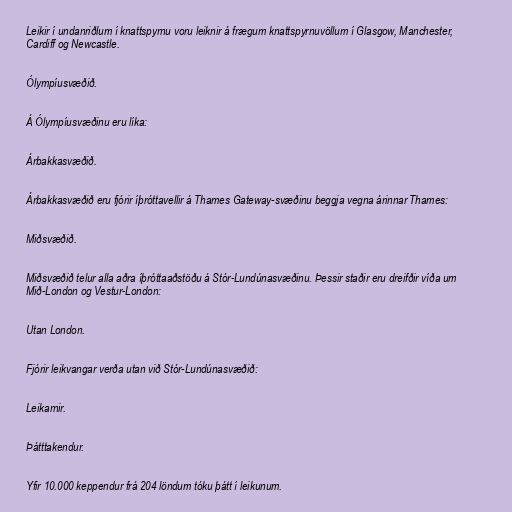
Leikir í undanriðlum í knattspyrnu voru leiknir á frægum knattspyrnuvöllum í Glasgow, Manchester,
Cardiff og Newcastle.

Ólympíusvæðið.

Á Ólympíusvæðinu eru líka:

Árbakkasvæðið.

Árbakkasvæðið eru fjórir íþróttavellir á Thames Gateway-svæðinu beggja vegna árinnar Thames:

Miðsvæðið.

Miðsvæðið telur alla aðra íþróttaaðstöðu á Stór-Lundúnasvæðinu. Þessir staðir eru dreifðir víða um
Mið-London og Vestur-London:

Utan London.

Fjórir leikvangar verða utan við Stór-Lundúnasvæðið:

Leikarnir.

Þátttakendur.

Yfir 10.000 keppendur frá 204 löndum tóku þátt í leikunum.